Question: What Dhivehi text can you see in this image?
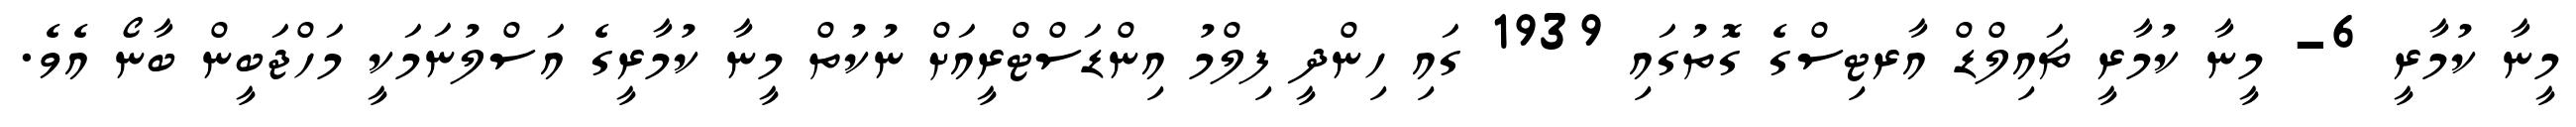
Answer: މީނާ ކުމާރީ 6- މީނާ ކުމާރީ ޗައިލްޑް އާރޓިސްގެ ގޮތުގައި 1939 ގައި ހިންދީ ފިލްމު އިންޑަސްޓްރީއަށް ނުކުތް މީނާ ކުމާރީގެ އަސްލުނަމަކީ މަހްޖަބީން ބާނޯ އެވެ.